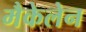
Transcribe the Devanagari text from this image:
मैकेलेन